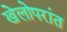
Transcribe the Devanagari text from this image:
खेलोपरांत